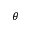
\theta